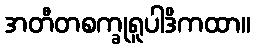
အတီတစက္ခုရူပါဒိကထာ။